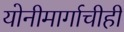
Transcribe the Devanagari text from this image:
योनीमार्गाचीही